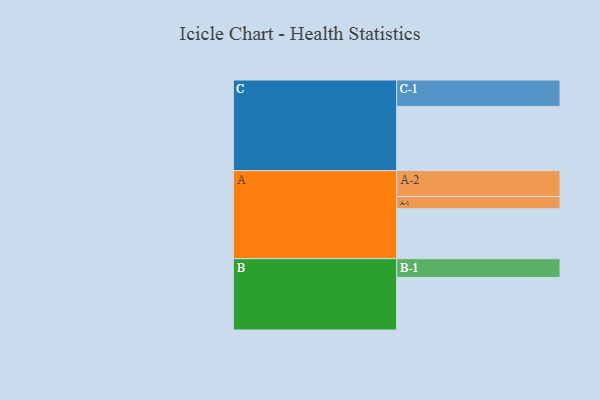
{"axis": {"x": "Segment", "y": "Value"}, "legend": ["", "A", "B", "C"], "data": [{"x": "A", "y": 432, "type": ""}, {"x": "B", "y": 454, "type": ""}, {"x": "C", "y": 555, "type": ""}, {"x": "A-1", "y": 105, "type": "A"}, {"x": "A-2", "y": 224, "type": "A"}, {"x": "B-1", "y": 162, "type": "B"}, {"x": "C-1", "y": 228, "type": "C"}]}